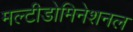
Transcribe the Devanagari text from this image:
मल्टीडोमिनेशनल